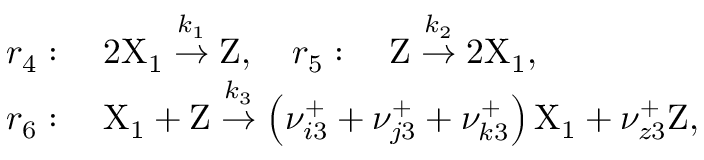
\begin{array} { r l } & { r _ { 4 } : \quad 2 \mathrm { X } _ { 1 } \stackrel { k _ { 1 } } { \rightarrow } \mathrm { Z } , \quad r _ { 5 } : \quad \mathrm { Z } \stackrel { k _ { 2 } } { \rightarrow } 2 \mathrm { X } _ { 1 } , } \\ & { r _ { 6 } : \quad \mathrm { X } _ { 1 } + \mathrm { Z } \stackrel { k _ { 3 } } { \rightarrow } \left( \nu _ { i 3 } ^ { + } + \nu _ { j 3 } ^ { + } + \nu _ { k 3 } ^ { + } \right) \mathrm { X } _ { 1 } + \nu _ { z 3 } ^ { + } \mathrm { Z } , } \end{array}